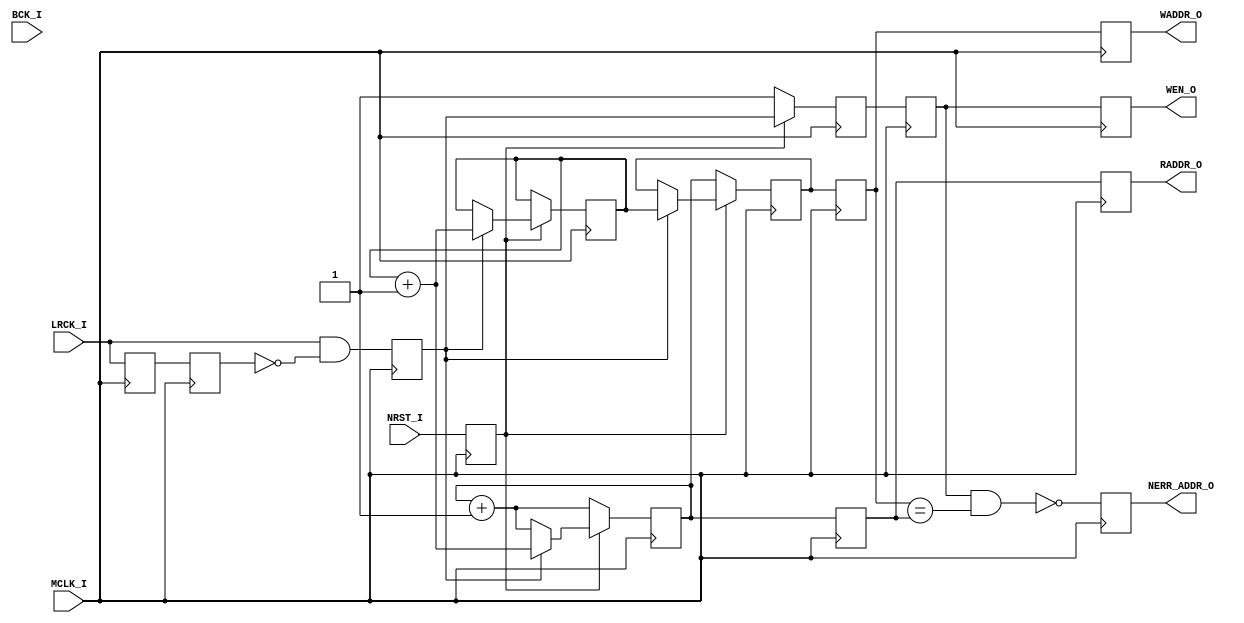
/*-----------------------------------------------------------------------------
* DPRAM_CONT.v
*
* Simple Dual Port RAM Controller to operate as Ring-Buffer.
*
* Version: 0.23
*
* Port
*   Input
*       MCLK_I     : Master Clock Input
*       BCK_I      : Bit CLock Input
*       LRCK_I     : LR Clock Input
*       NRST_I     : Reset Input (Active Low)
*
*   Output
*       WEN_O      : Write Enable Output
*       WADDR_O    : Write Address Output
*       RADDR_O    : Read Address Output
*       NERR_ADDR_O: Address Error Output (Active Low)
*
* Parameter
*       ADDR_WIDTH : Address Width, Default: 8 (255 - 0)
*
* License
--------------------------------------------------------------------------------
| Copyright AUDIY 2023.                                                        |
|                                                                              |
| This source describes Open Hardware and is licensed under the CERN-OHL-W v2. |
|                                                                              |
| You may redistribute and modify this source and make products using it under |
| the terms of the CERN-OHL-W v2 (https:/cern.ch/cern-ohl).                    |
|                                                                              |
| This source is distributed WITHOUT ANY EXPRESS OR IMPLIED WARRANTY,          |
| INCLUDING OF MERCHANTABILITY, SATISFACTORY QUALITY AND FITNESS FOR A         |
| PARTICULAR PURPOSE. Please see the CERN-OHL-W v2 for applicable conditions.  |
|                                                                              |
| Source location: https://github.com/AUDIY/FIR_x2                             |
|                                                                              |
| As per CERN-OHL-W v2 section 4.1, should You produce hardware based on these |
| sources, You must maintain the Source Location visible on the external case  |
| of the FIR_x2 or other products you make using this source.                  |
--------------------------------------------------------------------------------
*
-----------------------------------------------------------------------------*/

module DPRAM_CONT #(
    /* Parameter Definition */
    parameter ADDR_WIDTH = 8 // Default: 8bits (255 - 0s)
)(
    /* Input Definition */
    input  wire MCLK_I,
    input  wire BCK_I,
    input  wire LRCK_I,
    input  wire NRST_I, // Active Low.

    /* Output Definition */
    output wire WEN_O,
    output wire [ADDR_WIDTH-1:0] WADDR_O,
    output wire [ADDR_WIDTH-1:0] RADDR_O,
    output wire NERR_ADDR_O
);

    /* Internal Wire/Register Definition */
    reg BCK_REG_P     = 1'b0;
    reg BCK_REG_N     = 1'b0;
    reg LRCK_REG_P    = 1'b0;
    reg LRCK_REG_N    = 1'b0;

    reg WEN_REG_P     = 1'b0;
    reg WEN_REG_N     = 1'b0;

    reg NRST_REG_P    = 1'b1;

    reg WENO_REG_P    = 1'b0;
    reg WENO_REG_N    = 1'b0; 
    reg NERR_ADDR_REG = 1'b0;

    reg [ADDR_WIDTH-1:0] WADDR_REG   = {ADDR_WIDTH{1'b0}};
    reg [ADDR_WIDTH-1:0] RADDR_REG   = {ADDR_WIDTH{1'b0}};
    reg [ADDR_WIDTH-1:0] ADDR_PTR    = {ADDR_WIDTH{1'b0}};
    
    reg [ADDR_WIDTH-1:0] WADDR_REG_P = {ADDR_WIDTH{1'b0}};
    reg [ADDR_WIDTH-1:0] WADDR_REG_N = {ADDR_WIDTH{1'b0}};
    reg [ADDR_WIDTH-1:0] RADDR_REG_P = {ADDR_WIDTH{1'b0}};
    reg [ADDR_WIDTH-1:0] RADDR_REG_N = {ADDR_WIDTH{1'b0}};

    /* RTL */
    always @ (posedge MCLK_I) begin
        /* Read BCK & LRCK */
        BCK_REG_P  <= BCK_I;
        LRCK_REG_P <= LRCK_I;

        NRST_REG_P <= NRST_I;

        /* Judge Write Enable */
        WEN_REG_P <= LRCK_I & ~LRCK_REG_N;

        /* Output Pipeline (Positive Edge) */
        WADDR_REG_P <= WADDR_REG;
        RADDR_REG_P <= RADDR_REG;
        WENO_REG_P  <= WEN_REG_N;
    end

    always @ (negedge MCLK_I) begin
        /* 1 MCLK cycle Delay */
        BCK_REG_N  <= BCK_REG_P;
        LRCK_REG_N <= LRCK_REG_P;
        
        /* Update Address */
        if (NRST_REG_P == 1'b0) begin
            /* Update Address for Initializng RAM Data. */
            WADDR_REG  <= RADDR_REG;
            RADDR_REG  <= RADDR_REG + 1'b1;

            WEN_REG_N  <= 1'b1; // Enable WEN_O While Reset.

        end else begin
            if (WEN_REG_P == 1'b1) begin
                /* When Write Enable */
                ADDR_PTR  <= ADDR_PTR + 1'b1; // Update the head of address.
                WADDR_REG <= ADDR_PTR;        // Update Write Address.
                RADDR_REG <= ADDR_PTR + 1'b1; // Update Read Address.
            end else begin
                /* Update only Read Address */
                RADDR_REG <= RADDR_REG + 1'b1;
            end

            WEN_REG_N <= WEN_REG_P;
        end

        /* Output Pipeline (Negative Edge) */
        WADDR_REG_N   <= WADDR_REG_P;
        RADDR_REG_N   <= RADDR_REG_P;
        WENO_REG_N    <= WENO_REG_P;
        NERR_ADDR_REG <= ~(WENO_REG_P & (WADDR_REG_P == RADDR_REG_P));
    end

    /* Output Assign */
    // Assertion #1: NERR_ADDR_O must be 1'b1.
    // psl assert always (NERR_ADDR_O == 1'b1) @ (posedge MCLK_I);
    assign NERR_ADDR_O = NERR_ADDR_REG;
    
    // Assertion #3: WEN_O must be 1'b0 when WADDR_O equals to RADDR_O.
    // psl assert always ((WADDR_O == RADDR_O) -> (WEN_O == 1'b0)) @ (posedge MCLK_I);
    assign WEN_O       = WENO_REG_N;
    
    // Assertion #4: RADDR_O must be equals to (WADDR_O + 1'b1) if WEN_REG_P is 1'b1
    // psl assert always ((WEN_O == 1'b1) -> (RADDR_O == WADDR_O + 1'b1)) @ (posedge MCLK_I);
    assign WADDR_O     = WADDR_REG_N;
    assign RADDR_O     = RADDR_REG_N;


endmodule